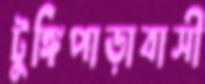
টুঙ্গিপাড়াবাসী